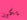
يكون